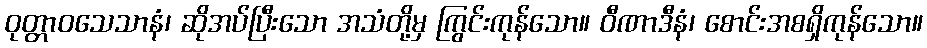
ဝုတ္တာဝသေသာနံ၊ ဆိုအပ်ပြီးသော အသံတို့မှ ကြွင်းကုန်သော။ ဝီဏာဒီနံ၊ စောင်းအစရှိကုန်သော။